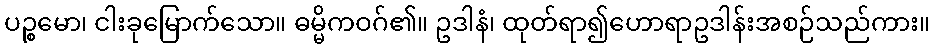
ပဉ္စမော၊ ငါးခုမြောက်သော။ ဓမ္မိကဝဂ်၏။ ဥဒါနံ၊ ထုတ်ရာ၍ဟောရာဥဒါန်းအစဉ်သည်ကား။